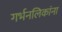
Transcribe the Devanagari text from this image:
गर्भनलिकांना